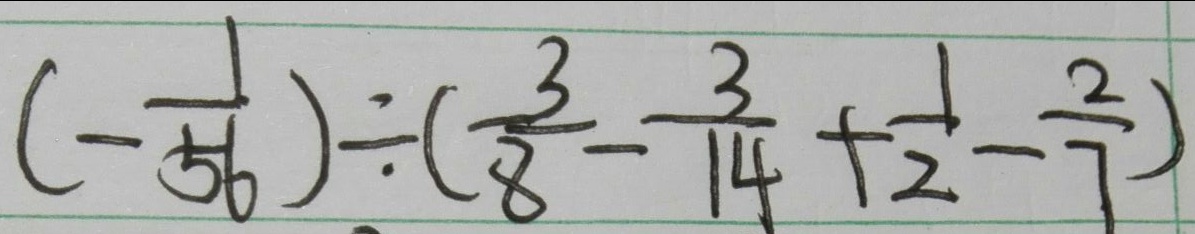
( - \frac { 1 } { 5 6 } ) \div ( \frac { 3 } { 8 } - \frac { 3 } { 1 4 } + \frac { 1 } { 2 } - \frac { 2 } { 7 } )